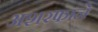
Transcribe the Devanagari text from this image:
अशरफाने